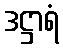
ဒဋ္ဌာရံ